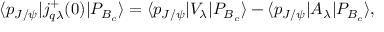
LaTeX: \langle p _ { J / \psi } | j _ { q \lambda } ^ { + } ( 0 ) | P _ { B _ { c } } \rangle = \langle p _ { J / \psi } | V _ { \lambda } | P _ { B _ { c } } \rangle - \langle p _ { J / \psi } | A _ { \lambda } | P _ { B _ { c } } \rangle ,